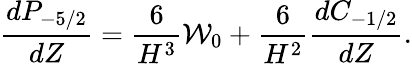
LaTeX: \frac{dP_{-5/2}}{dZ}=\frac{6}{H^{3}}\mathcal{W}_{0}+\frac{6}{H^{2}}\frac{dC_{-1/2}}{dZ}.